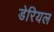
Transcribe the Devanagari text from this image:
डेरियल